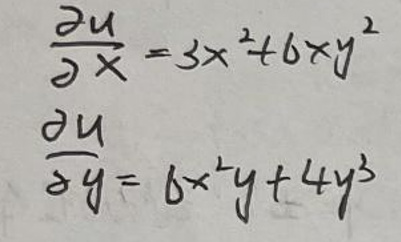
\[
\begin{align*}
\frac{\partial u}{\partial x}&=3x^{2}+6xy^{2}\\
\frac{\partial u}{\partial y}&=6x^{2}y + 4y^{3}
\end{align*}
\]